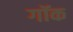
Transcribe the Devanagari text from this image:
गॉक